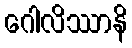
ဂေါလိဿာနိ